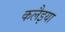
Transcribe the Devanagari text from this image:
कलैइया